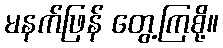
မနက်ဖြန် တွေ့ကြစို့။